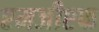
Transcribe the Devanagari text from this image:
एमजीएफ